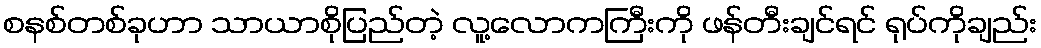
စနစ်တစ်ခုဟာ သာယာစိုပြည်တဲ့ လူ့လောကကြီးကို ဖန်တီးချင်ရင် ရုပ်ကိုချည်း